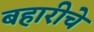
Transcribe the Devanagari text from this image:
बहारीचे